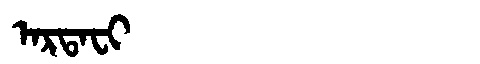
Manchu: ᠠᡵᡨᠠᠸᡳ
Romanization: ARTAFI